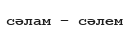
сәлам – сәлем